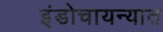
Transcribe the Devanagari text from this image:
इंडोचायन्यात